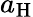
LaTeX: a_{\mathrm{H}}